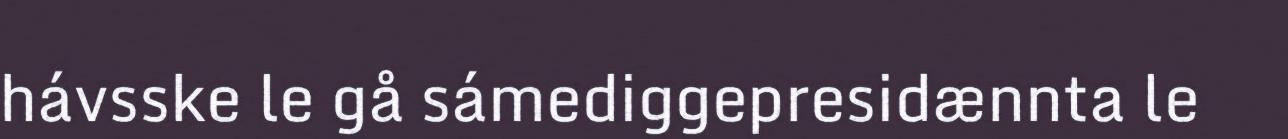
hávsske le gå sámediggepresidænnta le